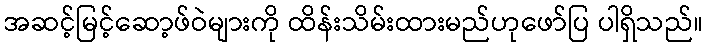
အဆင့်မြင့်ဆော့ဖ်ဝဲများကို ထိန်းသိမ်းထားမည်ဟုဖော်ပြ ပါရှိသည်။